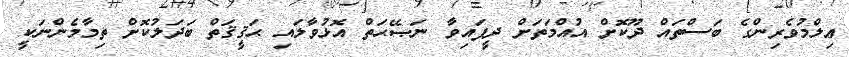
ޢިލްމުވެރިންގެ ބަސްތައް ދޫކޮށް އުއްމަތަށް ދީފައިވާ ނަޞޭޙަތް އޮޅުވާލައި ޙަޤީޤަތް ބަދަލުކޮށް ތިމާމެންނަކީ